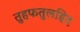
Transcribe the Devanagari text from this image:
तुहफतुलहिद